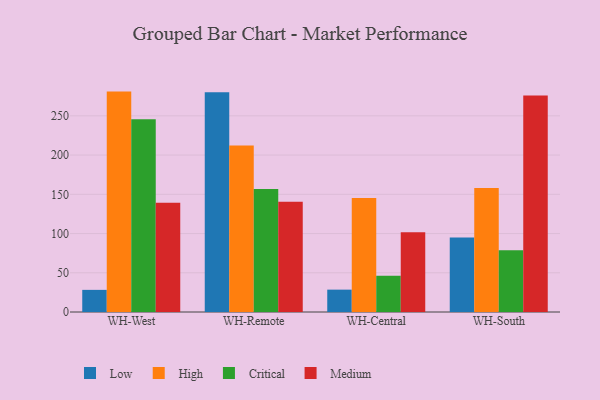
{"axis": {"x": "Warehouse", "y": "Customer Acquisition Cost (USD)"}, "legend": ["Critical", "High", "Low", "Medium"], "data": [{"x": "WH-West", "y": 28.2, "type": "Low"}, {"x": "WH-West", "y": 280.9, "type": "High"}, {"x": "WH-West", "y": 245.8, "type": "Critical"}, {"x": "WH-West", "y": 139.2, "type": "Medium"}, {"x": "WH-Remote", "y": 280.1, "type": "Low"}, {"x": "WH-Remote", "y": 212.1, "type": "High"}, {"x": "WH-Remote", "y": 156.8, "type": "Critical"}, {"x": "WH-Remote", "y": 140.4, "type": "Medium"}, {"x": "WH-Central", "y": 28.5, "type": "Low"}, {"x": "WH-Central", "y": 145.2, "type": "High"}, {"x": "WH-Central", "y": 46.2, "type": "Critical"}, {"x": "WH-Central", "y": 101.8, "type": "Medium"}, {"x": "WH-South", "y": 94.9, "type": "Low"}, {"x": "WH-South", "y": 158.0, "type": "High"}, {"x": "WH-South", "y": 78.7, "type": "Critical"}, {"x": "WH-South", "y": 275.8, "type": "Medium"}]}